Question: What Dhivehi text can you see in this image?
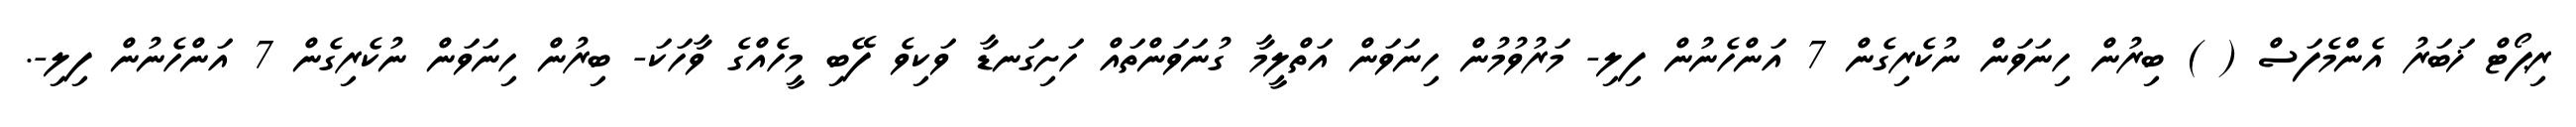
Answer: ރިޕޯޓް ޚަބަރު އެންމެފަސް ( ) ބިރުން ހިނަވަން ނުކެރިގެން 7 އަންހެނުން ފިލި- މަރުވުމުން ހިނަވަން އަތްލީމާ ގުނަވަންތައް ހަށިގަނޑާ ވަކިވެ ފޭބި މީހެއްގެ ވާހަކަ- ބިރުން ހިނަވަން ނުކެރިގެން 7 އަންހެނުން ފިލި-.